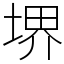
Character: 堺